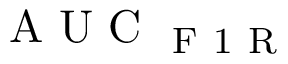
\mathrm { ~ A ~ U ~ C ~ } _ { \mathrm { ~ F ~ 1 ~ R ~ } }